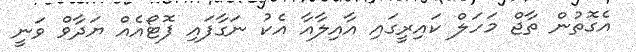
އެގޮތުން ތާޖް މަހަލް ކައިރީގައި އާއިލާއާ އެކު ނަގާފައި ފޮޓޯއެއް ޔަދާވް ވަނީ